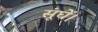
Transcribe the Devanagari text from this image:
सूंघें।